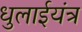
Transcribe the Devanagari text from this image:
धुलाईयंत्र